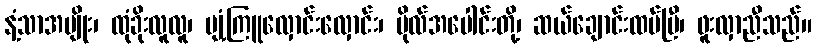
နံ့သာအမျိုး၊ ထုံခိုးလူလူ၊ ပျံ့ကြူလှောင်းလှောင်း၊ ဗိုလ်အပေါင်းတို့၊ ဆယ်ချောင်းထပ်ပြီ၊ ဖူးလှာညီသည်။